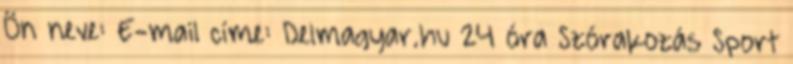
Ön neve: E-mail címe: Delmagyar.hu 24 óra Szórakozás Sport